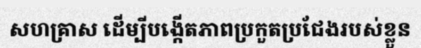
សហគ្រាស ដើម្បីបង្កើតភាពប្រកួតប្រជែងរបស់ខ្លួន